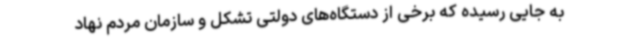
به جایی رسیده که برخی از دستگاه‌های دولتی تشکل و سازمان مردم نهاد